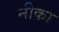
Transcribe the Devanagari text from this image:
नीका